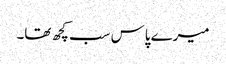
میرے پاس سب کچھ تھا۔